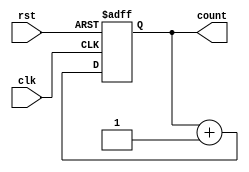
module samplecounter32(rst,clk,count);
input rst,clk;
output [31:0] count;
reg [31:0] count;
always@(posedge clk or posedge rst)
begin 
if(rst)
count=0;
else 
count=count+1;
end
endmodule